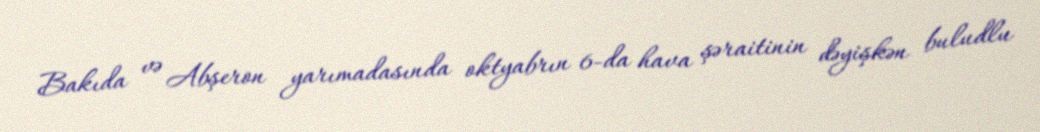
Bakıda və Abşeron yarımadasında oktyabrın 6-da hava şəraitinin dəyişkən buludlu